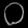
Digit: ၀